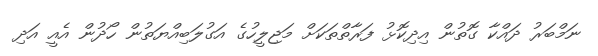
ނަމްބަރު ދައްކާ ގޮތުން އިދިކޮޅު ފަރާތްތަކަށް މަޖިލީހުގެ އަގުލަބިއްޔަތުން ހޯދުން އެއީ އަދި